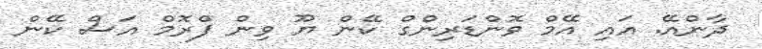
ދާންއޭ. އައި އޭމް ވޮންޑަރިންގް ކޭން ޔޫ ވިން ފްރޮމް އަސް ކޭން